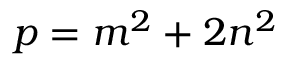
p = m ^ { 2 } + 2 n ^ { 2 }